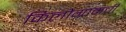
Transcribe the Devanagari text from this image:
किलोग्रामची